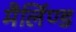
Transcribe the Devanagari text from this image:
मैर्लिण्ड